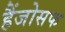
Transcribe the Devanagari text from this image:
हैंजोसफ